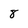
Character: 8